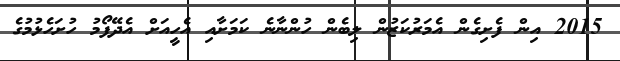
2015 އިން ފެށިގެން އެމަރުކަޒުން ލިބެން ހުންނާނެ ކަމަށާއި އެހީއަށް އެދޭފޯމު ހުށަހެޅުމުގެ